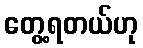
တွေ့ရတယ်ဟု